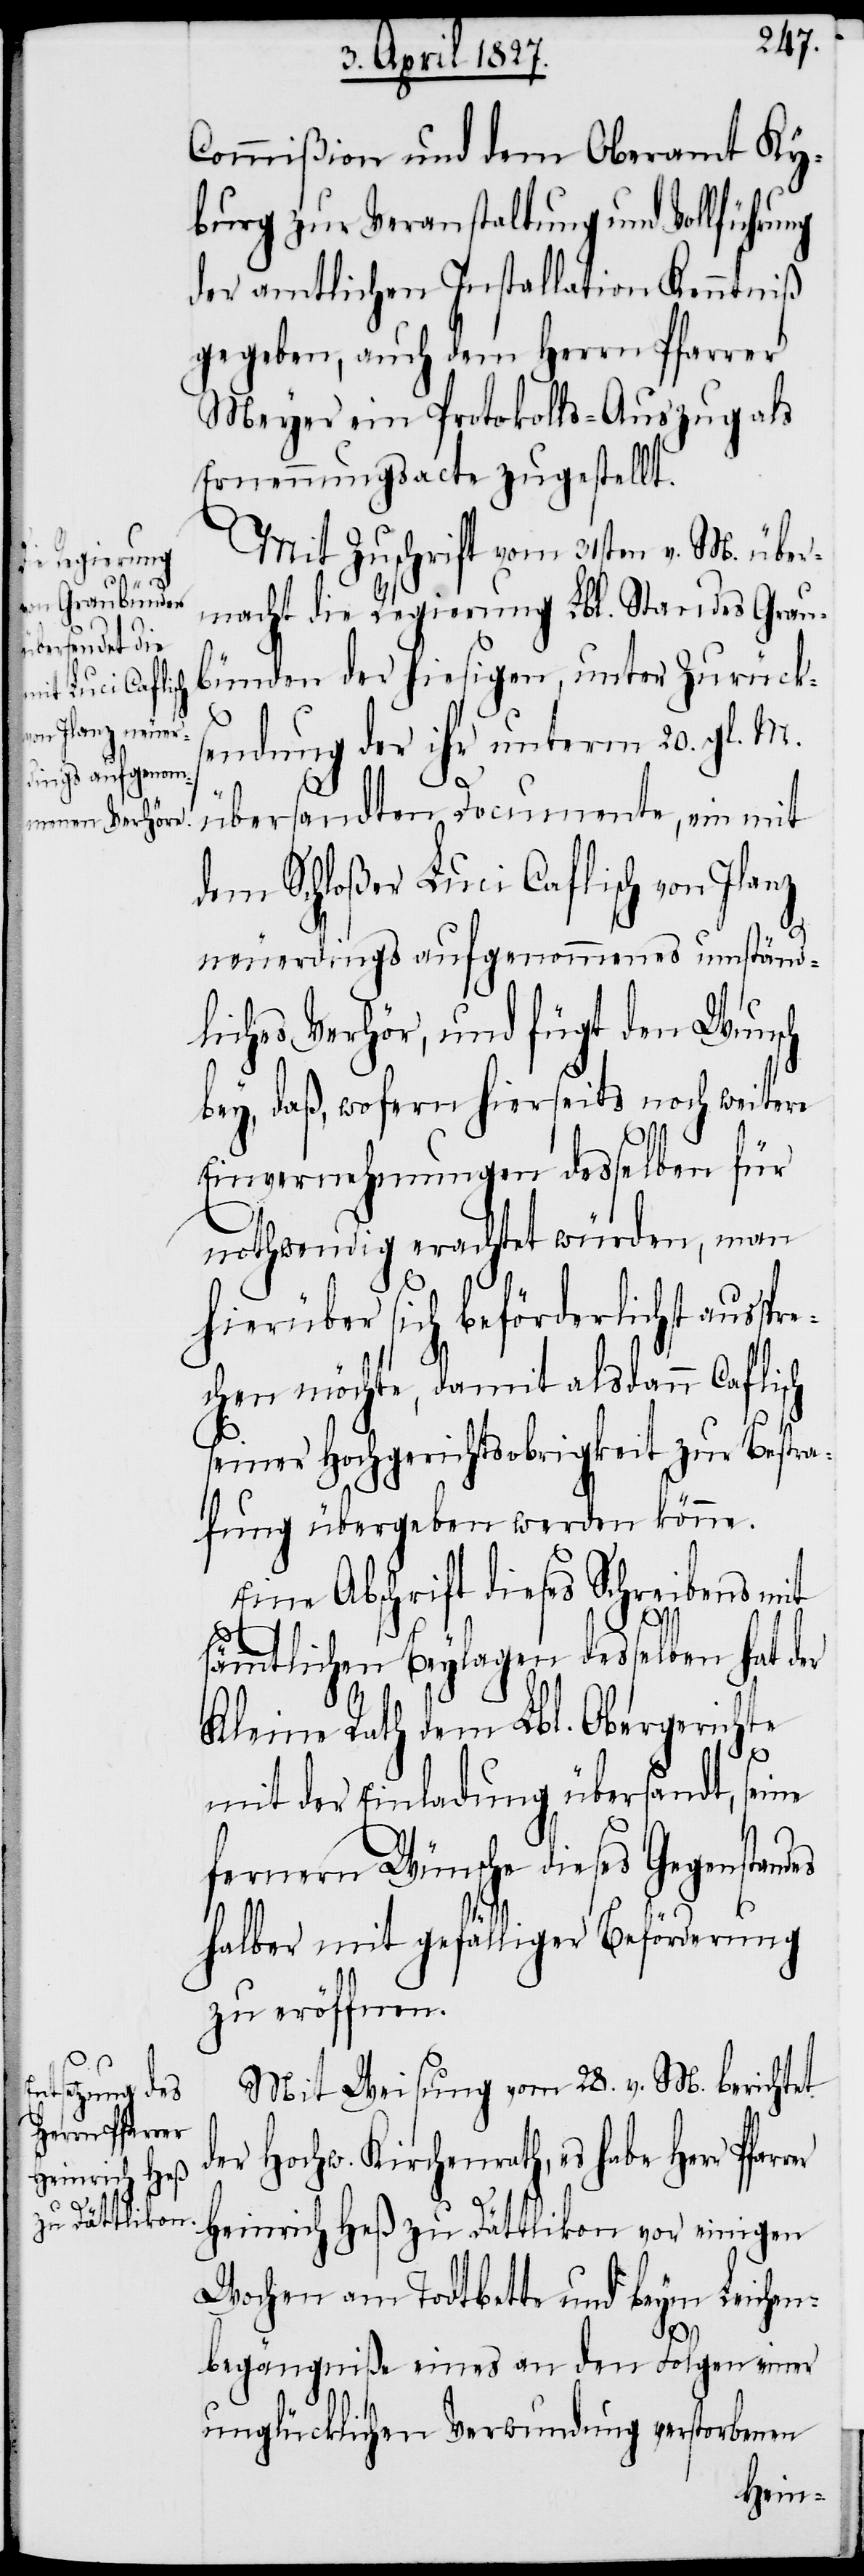
ndes

Commißion und dem Oberamt Ky¬
burg zur Veranstaltung und Vollführung
der amtlichen Installation Kenntniß
gegeben, auch dem Herrn Pfarrer
Meyer ein Protokolls-Auszug als
Ernennungsacte zugestellt.
Mit Zuschrift vom 31sten v. M. über¬
macht die Regierung Lbl. Standes Grau¬
bünden der hiesigen, unter Zurücks¬
endung der ihr unterm 20. gl. M.
übersandten Documente, ein mit
dem Schloßer Luci Caflisch von Ilanz
neuerdings aufgenommenes umständ¬
liches Verhör, und fügt den Wunsch
bey, daß, wofern hierseits noch weitere
Einvernehmungen desselben für
nothwendig erachtet würden, man
hierüber sich beförderlichst ausspr¬
echen möchte, damit alsdann Caflisch
seiner Hochgerichtsobrigkeit zur Bestra¬
fung übergeben werden könne.
Eine Abschrift dieses Schreibens mit
sämmtlichen Beylagen desselben hat der
Kleine Rath dem Lbl. Obergerichte
mit der Einladung übersandt, seine
fernern Wünsche dieses Gegensta¬
halber mit gefälliger Beförderung
zu eröffnen.
Mit Weisung vom 28. v. M. berichtet
der Hochw. Kirchenrath, es habe Herr
Heinrich Heß zu Dättlikon vor einigen
Wochen am Todtbette und beym Leichen¬
begängniße eines an den Folgen einer
unglücklichen Verwundung verstorbenen